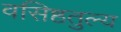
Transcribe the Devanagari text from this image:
वसिष्ठतुल्य